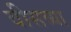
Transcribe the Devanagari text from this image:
वीसव्या